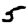
Digit: 5